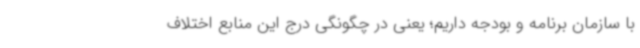
با سازمان برنامه و بودجه داریم؛ یعنی در چگونگی درج این منابع اختلاف